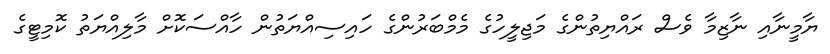
ޔާމީނާއި ނާޒިމާ ވެސް ރައްޔިތުންގެ މަޖިލީހުގެ މެމްބަރުންގެ ހައިސިއްޔަތުން ހާއްސަކޮށް މާލިއްޔަތު ކޮމިޓީގެ